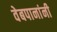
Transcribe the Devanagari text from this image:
वेबपानांनी